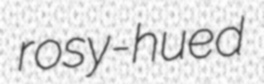
rosy-hued